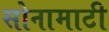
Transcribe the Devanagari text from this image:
सोनामाटी